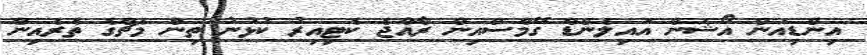
އިންޑިއަން އޯޝަން އައިލެންޑް ގޭމްސްއިން ރާއްޖެ ކެޓިއިރު ކުޅުނު ތިން މެޗްގެ ތެރެއިން